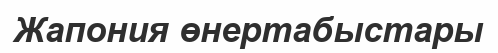
Жапония өнертабыстары